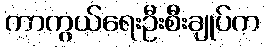
ကာကွယ်ရေးဦးစီးချုပ်က